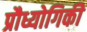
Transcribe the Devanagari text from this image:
प्रौध्योगिकी